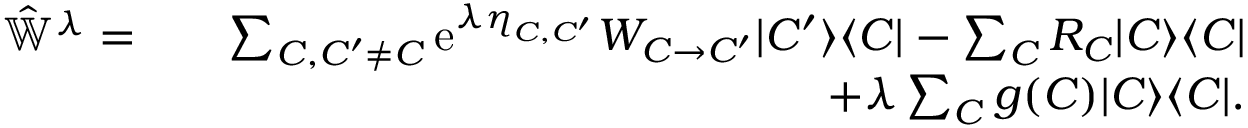
\begin{array} { r l r } { \hat { \mathbb { W } } ^ { \lambda } = } & { } & { \sum _ { C , C ^ { \prime } \neq C } \mathrm { e } ^ { \lambda \eta _ { C , C ^ { \prime } } } W _ { C \to C ^ { \prime } } | C ^ { \prime } \rangle \langle C | - \sum _ { C } R _ { C } | C \rangle \langle C | } \\ & { } & { + \lambda \sum _ { C } g ( C ) | C \rangle \langle C | . } \end{array}